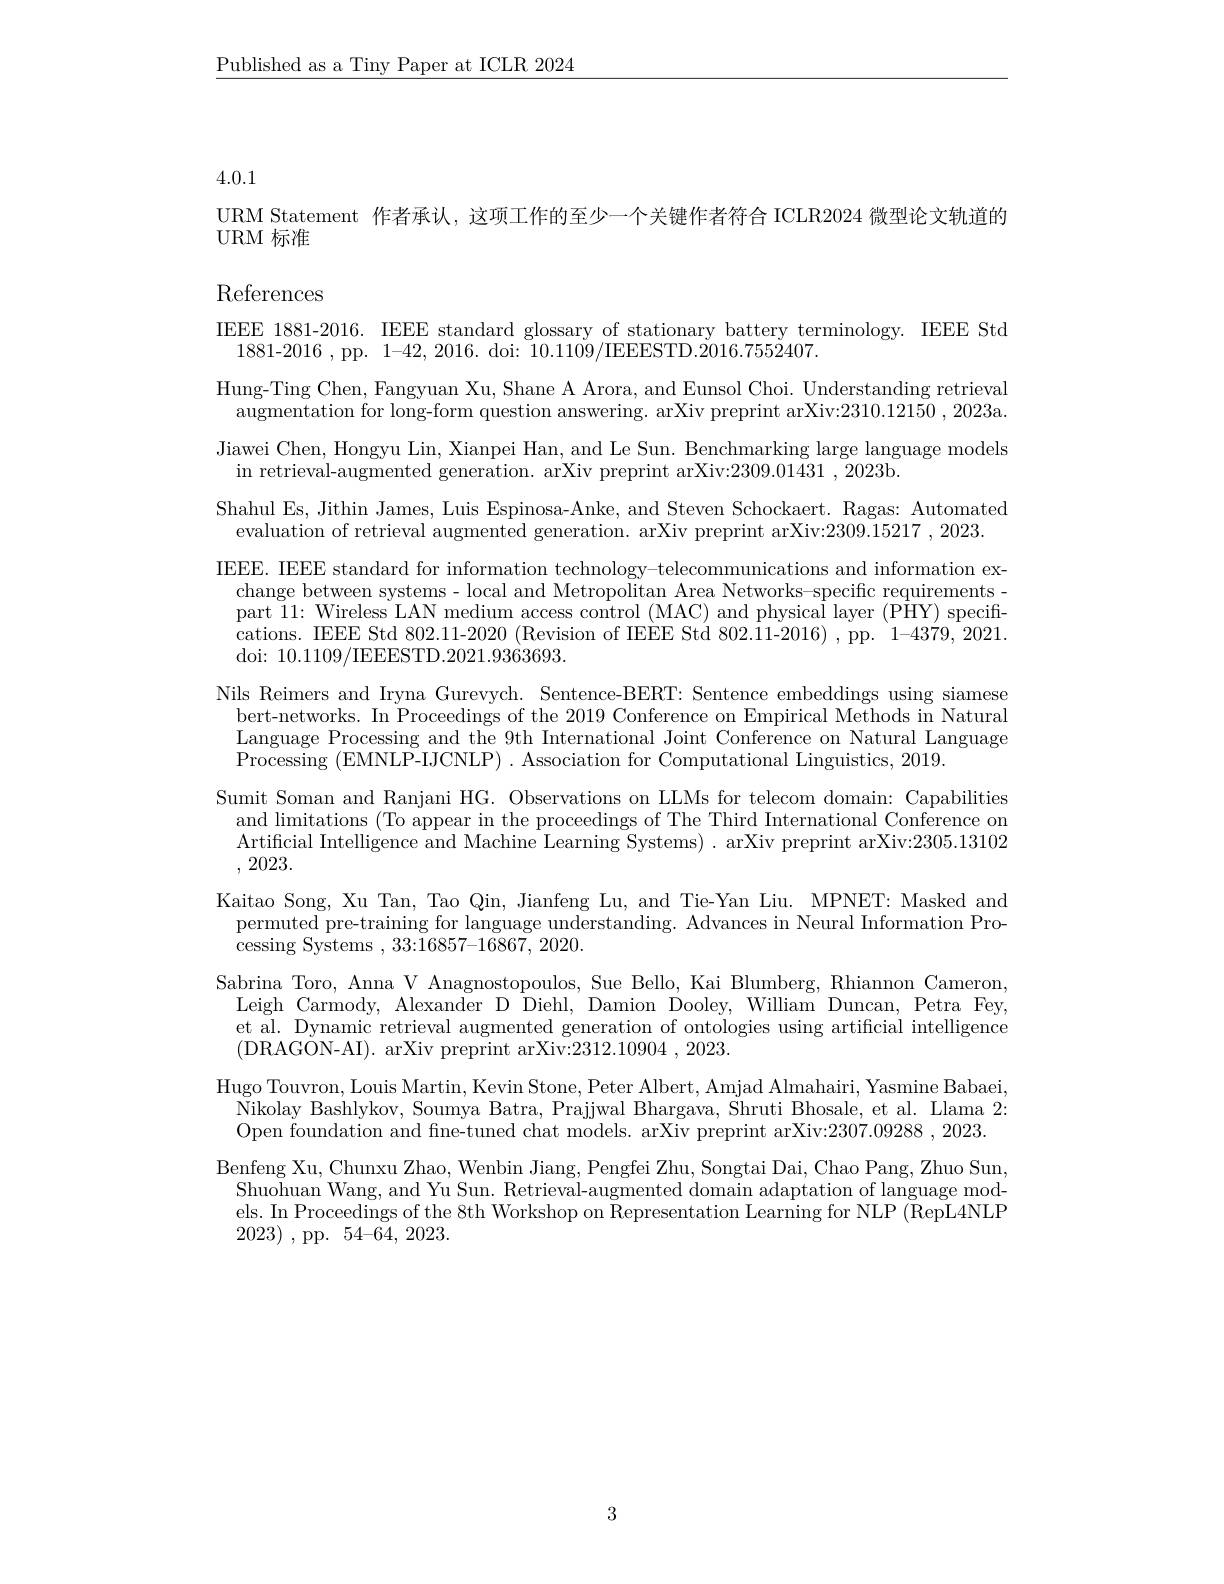
$\underline{\text{Published as a Tiny Paper at ICLR 2024}}$

4.0.1

URM Statement 作者承认，这项工作的至少一个关键作者符合 ICLR2024 微型论文轨道的
URM 标准

References

IEEE 1881-2016. IEEE standard glossary of stationary battery terminology. IEEE Std
1881-2016,pp.1-42,2016.doi:10.1109/IEEESTD.2016.7552407.
Hung-Ting Chen, Fangyuan Xu, Shane A Arora, and Eunsol Choi. Understanding retrieval augmentation for long-form question answering. arXiv preprint arXiv:2310.12150~,~2023a. Jiawei Chen, Hongyu Lin, Xianpei Han, and Le Sun. Benchmarking large language models in retrieval-augmented generation. arXiv preprint arXiv:2309.01431 , 2023b.
Shahul Es, Jithin James, Luis Espinosa-Anke, and Steven Schockaert. Ragas: Automated
evaluation of retrieval augmented generation. arXiv preprint arXiv:2309.15217 , 2023.
IEEE. IEEE standard for information technology-telecommunications and information ex-
change between systems- local and Metropolitan Area Networks-specific requirementspart 11: Wireless LAN medium access control (MAC) and physical layer (PHY) speciffcations. IEEE Std 802.11-2020 (Revision of IEEE Std 802.11-2016) , pp. 1-4379, 2021. doi: 10.1109/IEEESTD.2021.9363693.
Nils Reimers and Iryna Gurevych. Sentence-BERT: Sentence embeddings using siamese
bert-networks. In Proceedings of the 2019 Conference on Empirical Methods in Natural $\begin{array}{c}\mathrm{Language~Processing~and~the~9th~International~Joint~Conference~on~Natural~Language}\\\mathrm{Danguage~Processing~and~the~9th~International~Joint~Conference~on~Natural~Language}\\\mathrm{Dangaris~(EMNII~B~IICNI~D)~Angoition~fou~Comant~ation~al~Iin~anguage}\end{array}$ Processing (EMNLP-IJCNLP) .Association for Computational Linguistics, 2019.
Sumit Soman and Ranjani HG. Observations on LLMs for telecom domain: Capabilities
and limitations (To appear in the proceedings of The Third International Conference on Artificial Intelligence and Machine Learning Systems) . arXiv preprint arXiv:2305.13102 , 2023.
Kaitao Song, Xu Tan, Tao Qin, Jianfeng Lu, and Tie-Yan Liu. MPNET: Masked and permuted pre-training for language understanding. Advances in Neural Information Pro- ${\mathrm{cessing~Systems~,~33:\bar{1}6857-16867,~2020.}}$
Sabrina Toro, Anna V Anagnostopoulos, Sue Bello, Kai Blumberg, Rhiannon Cameron, Leigh Carmody, Alexander D Diehl, Damion Dooley, William Duncan, Petra Fey, et al. Dynamic retrieval augmented generation of ontologies using artificial intelligence (DRAGON-AI). arXiv preprint arXiv:2312.10904,2023.
Hugo Touvron, Louis Martin, Kevin Stone, Peter Albert, Amjad Almahairi, Yasmine Babaei, Nikolay Bashlykov, Soumya Batra, Prajjwal Bhargava, Shruti Bhosale, et al. Llama 2: Open foundation and fine-tuned chat models. arXiv preprint arXiv:2307.09288, 2023. Benfeng Xu, Chunxu Zhao, Wenbin Jiang, Pengfei Zhu, Songtai Dai, Chao Pang, Zhuo Sun,
Shuohuan Wang, and Yu Sun. Retrieval-augmented domain adaptation of language models. In Proceedings of the 8th Workshop on $\bar{\text{Representation Learning for NLP (RepL4NLP})}$ 2023) ,pp.54-64,2023.

3